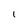
Character: 1